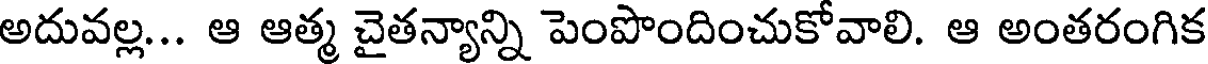
అదువల్ల... ఆ ఆత్మ చైతన్యాన్ని పెంపొందించుకోవాలి. ఆ అంతరంగిక